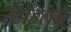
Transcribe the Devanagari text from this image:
स्टोइलजे